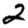
Digit: 2